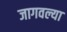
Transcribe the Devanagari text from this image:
जागवल्या